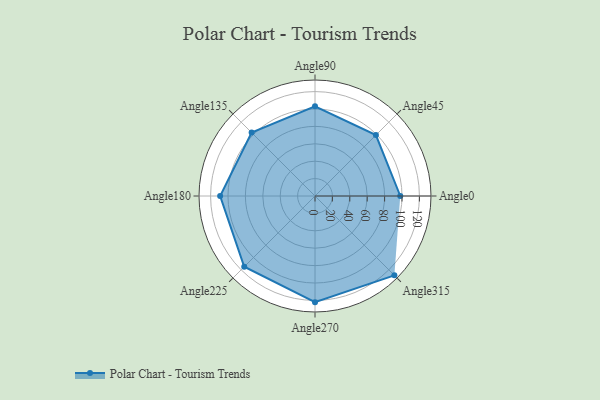
{"axis": {"x": "Angle", "y": "Radius"}, "legend": [""], "data": [{"x": "Angle0", "y": 98.0, "type": ""}, {"x": "Angle45", "y": 99.0, "type": ""}, {"x": "Angle90", "y": 103.0, "type": ""}, {"x": "Angle135", "y": 103.0, "type": ""}, {"x": "Angle180", "y": 109.0, "type": ""}, {"x": "Angle225", "y": 115.0, "type": ""}, {"x": "Angle270", "y": 122.0, "type": ""}, {"x": "Angle315", "y": 129.0, "type": ""}]}